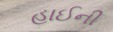
હાઈની